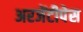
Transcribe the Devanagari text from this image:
अरजेंटीपेस